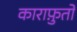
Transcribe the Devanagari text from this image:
काराफ़ुतो